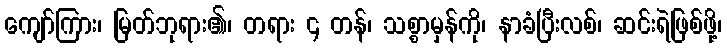
ကျော်ကြား၊ မြတ်ဘုရား၏၊ တရား ၄ တန်၊ သစ္စာမှန်ကို၊ နာခံပြီးလစ်၊ ဆင်းရဲဖြစ်ဖို့၊